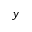
y